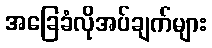
အခြေခံလိုအပ်ချက်များ